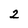
Character: 2